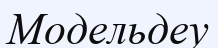
Модельдеу